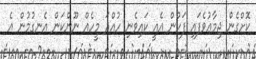
ކޮށްގެން ޖިމާޢުވެފައި ފަހުން އެއީ ކައިވެނި ހުއްދަ މީހެއް ނޫންކަން އެނގުމުން އެ